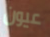
عيون